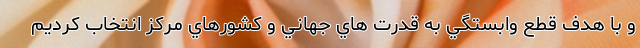
و با هدف قطع وابستگي به قدرت هاي جهاني و كشورهاي مركز انتخاب كرديم